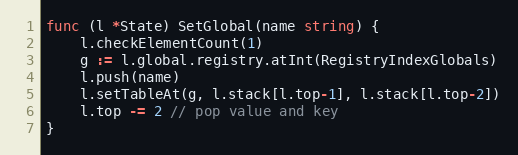
Language: Go
func (l *State) SetGlobal(name string) {
	l.checkElementCount(1)
	g := l.global.registry.atInt(RegistryIndexGlobals)
	l.push(name)
	l.setTableAt(g, l.stack[l.top-1], l.stack[l.top-2])
	l.top -= 2 // pop value and key
}